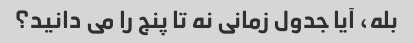
بله، آیا جدول زمانی نه تا پنج را می دانید؟